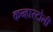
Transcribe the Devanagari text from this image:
कन्हारटोली